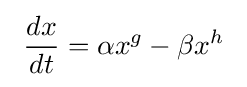
\ {\frac {dx}{dt}}=\alpha x^{g}-\beta x^{h}\